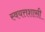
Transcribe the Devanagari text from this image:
स्वयत्तशासी